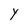
Character: Y